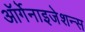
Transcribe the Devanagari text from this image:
ऑर्गेनाइजेशन्स